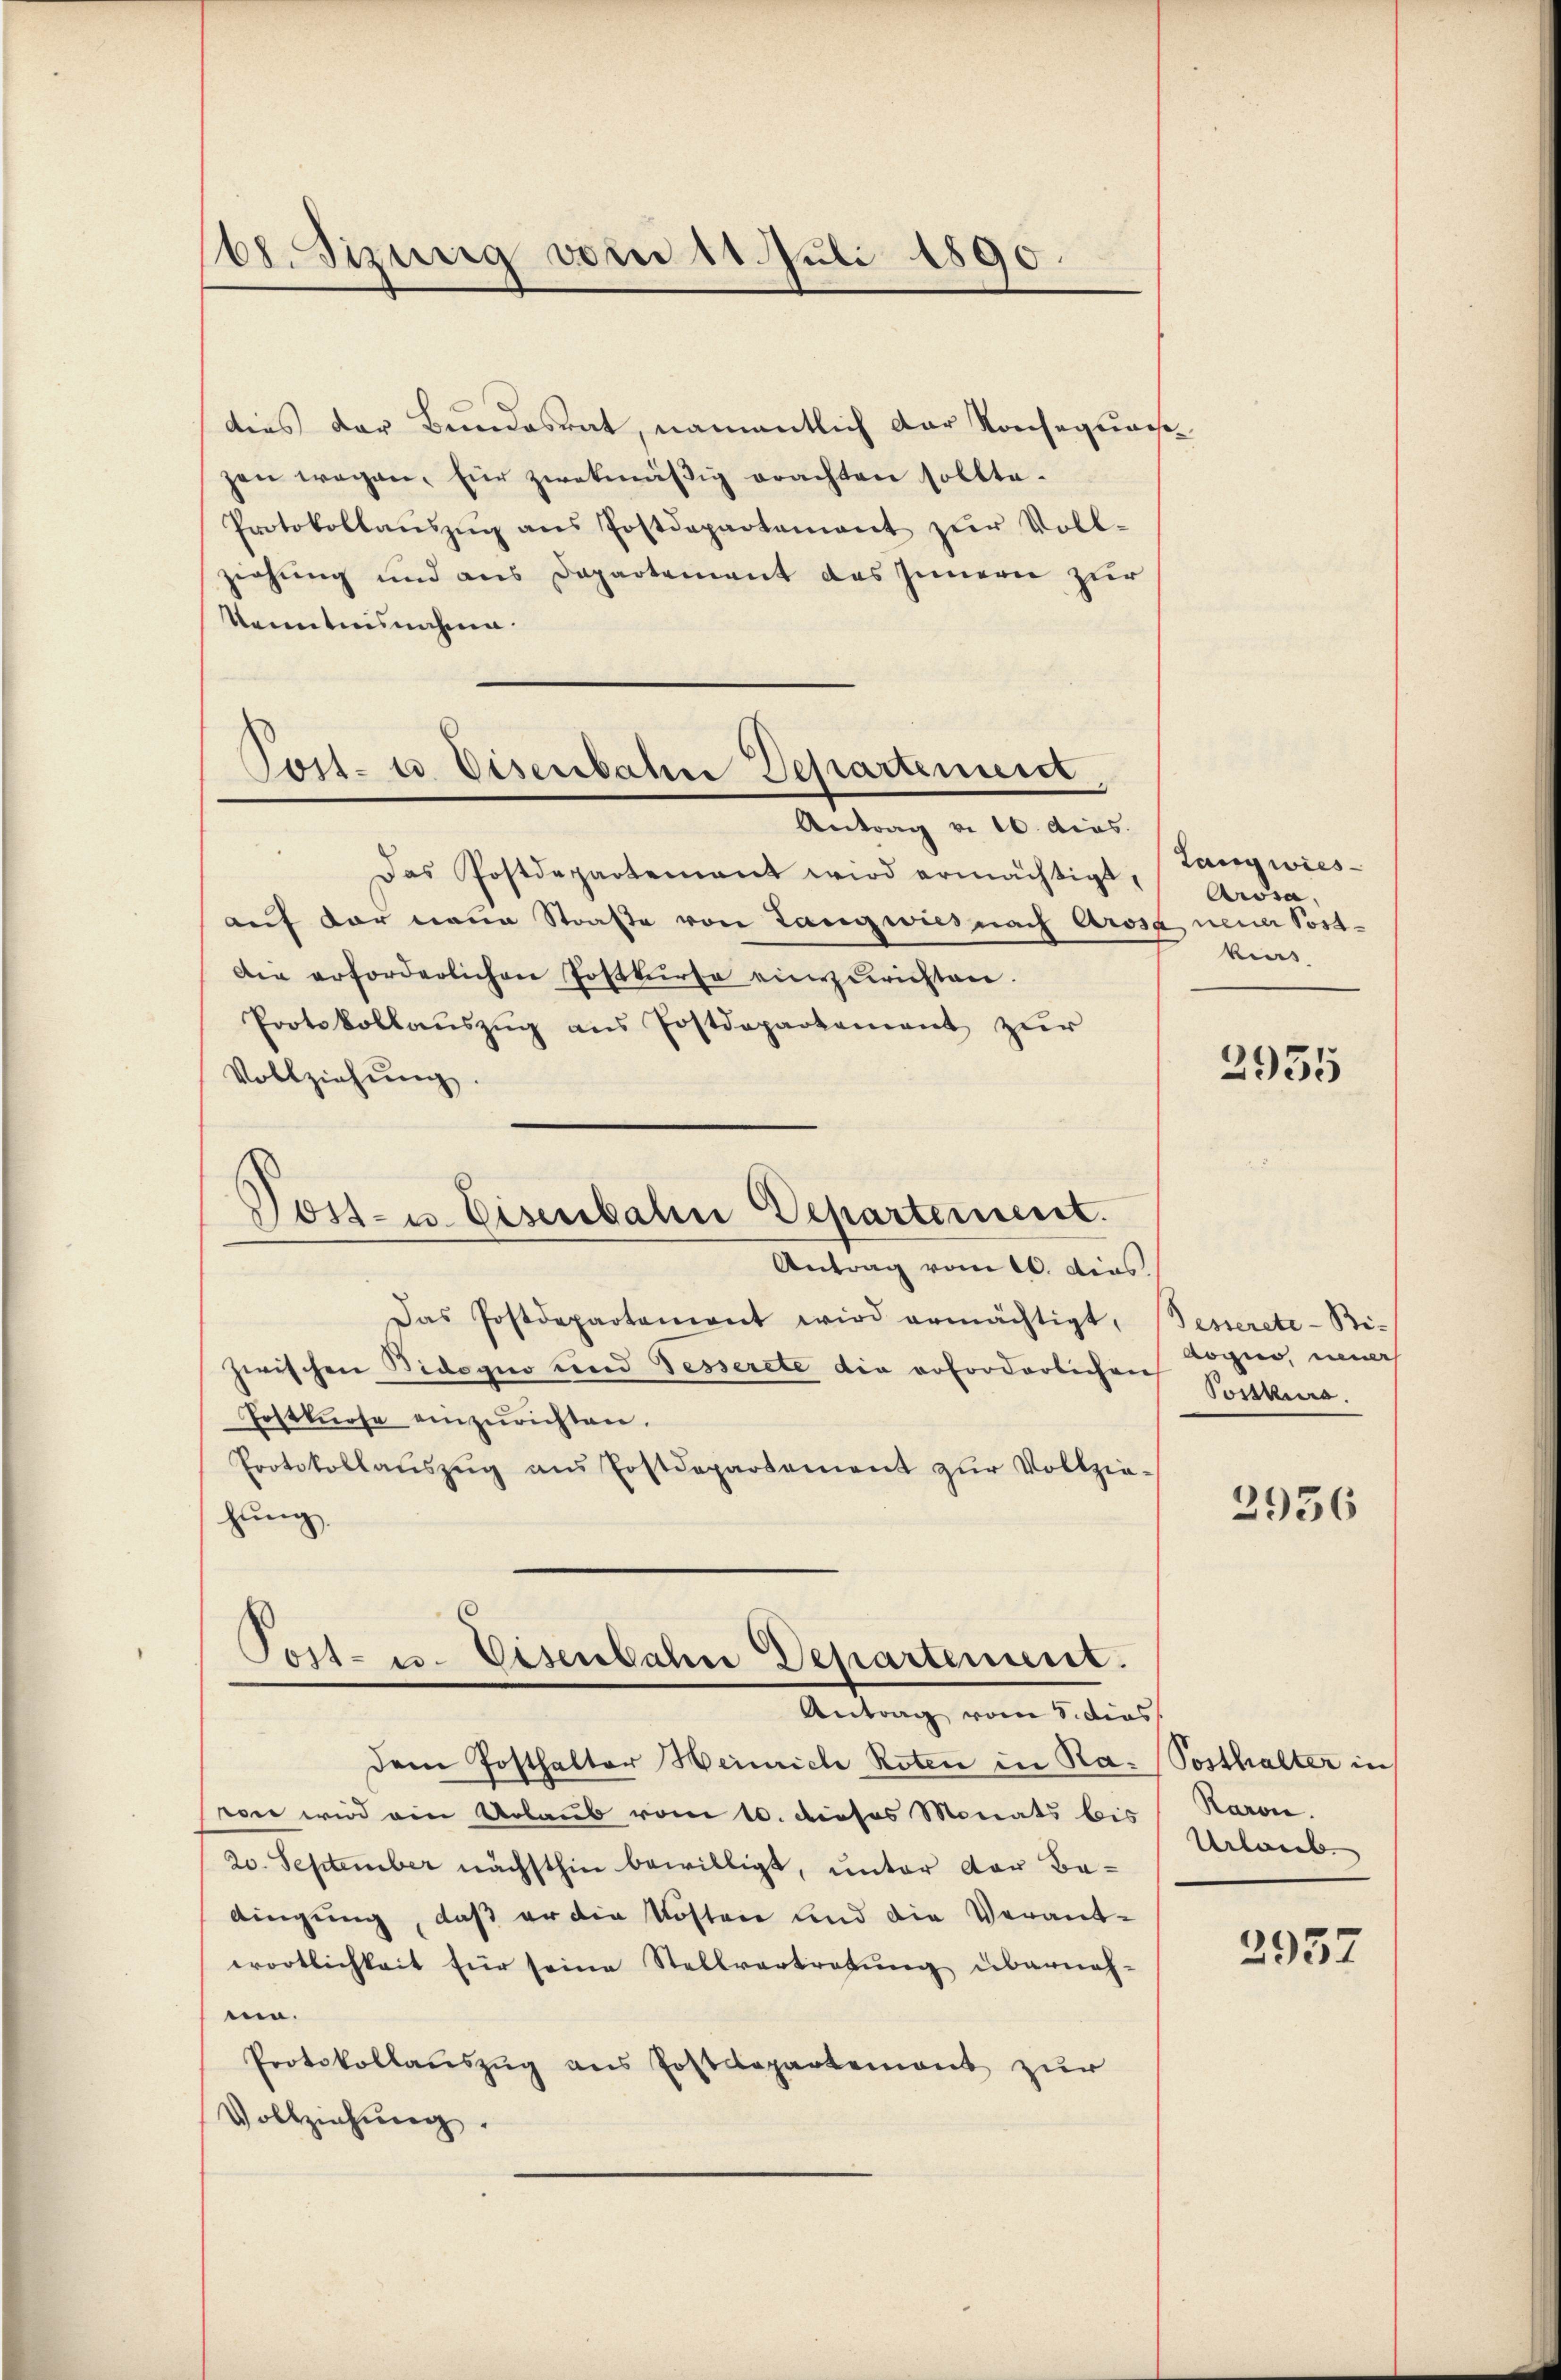
168. Sizung vom 11. Juli 1890.

Toil- u Disenbahre Departement
Antrag v. 10. dies

dies der Bundesrat, namentlich der Konsequar
zen wegen, Eier zwekmäßig erachten sollte.
Protokollaŭszŭg ans Postdepartement zŭr Voll-
ziehung und aus Departement des Innern zur
kenntnisnahme.
Das Postdepartement wird ermächtigt,
auf der neue Straße von Langwies nach Arosa neuer Post¬
Die erforderlichen Postkurse einzurichten.
Protokollauszug aus Postdeparkament zur
Vollziehŭng.
Post- u. Eisenbahn Departement.
Antrag vom 10. dies
Das Postdepartement wird ermächtigt, Besserete-Bi-
zwischen Sidogno und Fesserete die erforderlichen Logen, neues
Postknose einzurichten.
Protokollaŭszŭg aŭs Postdepartement zŭr Vollzie-
hung.
Toit- u. Eisenbahn Departement.

Antrag vom 8. dies

dem Posthalter Heinrich Roten in Ra: Posthalter in
von wird ein Urlaub vom 10. dieses Monats bis
20. September nächsthin bewilligt, unter der Be-
dingung, daß er die Kosten und die Verant-
wortlichkeit für seine Stellvertretŭng überneh-
uin¬
Protokollauszug aus Postdepartement zur
Vollziehung.

Langwies
Arosa,
kirs

2955

Postkurs.

2936

Raron.
Urlaub.

2957